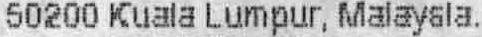
50200 KUALA LUMPUR, MALAYSIA.